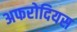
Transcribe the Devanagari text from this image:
अफरोदियस